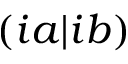
( i a \rvert i b )